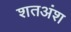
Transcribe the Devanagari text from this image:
शतअंश